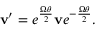
\mathbf { v } ^ { \prime } = e ^ { \frac { { \boldsymbol { \Omega } } \theta } { 2 } } \mathbf { v } e ^ { - { \frac { { \boldsymbol { \Omega } } \theta } { 2 } } } .